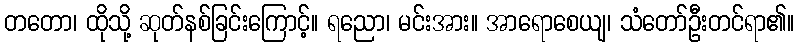
တတော၊ ထိုသို့ ဆုတ်နစ်ခြင်းကြောင့်။ ရညော၊ မင်းအား။ အာရောစေယျ၊ သံတော်ဦးတင်ရာ၏။